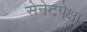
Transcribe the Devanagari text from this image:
सेनेटपेक्षा